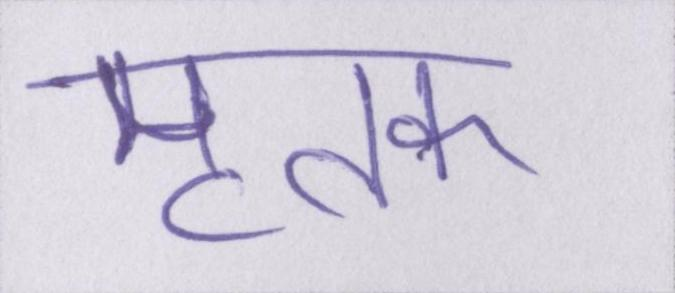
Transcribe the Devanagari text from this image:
मृतक